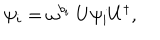
LaTeX: \psi _ { i } = \omega ^ { b _ { i } } \ U \psi _ { i } U ^ { \dagger } ,